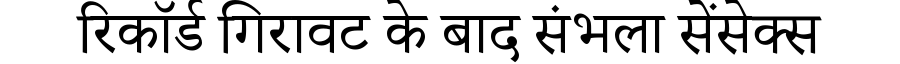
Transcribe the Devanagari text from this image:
रिकॉर्ड गिरावट के बाद संभला सेंसेक्स